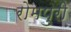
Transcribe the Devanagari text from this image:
रोमपुरी